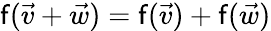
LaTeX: \mathsf{f}({\vec{{v}}}+{\vec{{w}}})=\mathsf{f}({\vec{{v}}})+\mathsf{f}({\vec{{w}}})